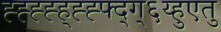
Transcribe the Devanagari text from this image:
ह्ह्ह्ह्ह्ह्ह्फ्द्ग्६य्हुएतु